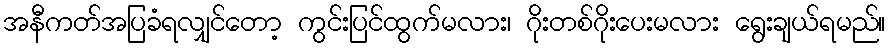
အနီကတ်အပြခံရလျှင်တော့ ကွင်းပြင်ထွက်မလား၊ ဂိုးတစ်ဂိုးပေးမလား ရွေးချယ်ရမည်။